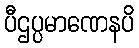
ပီဌပ္ပမာဏေနပိ